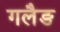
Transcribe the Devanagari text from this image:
गलैङ